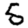
Digit: 5